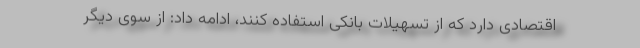
اقتصادی دارد که از تسهیلات بانکی استفاده کنند، ادامه داد: از سوی دیگر